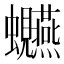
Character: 𫋩